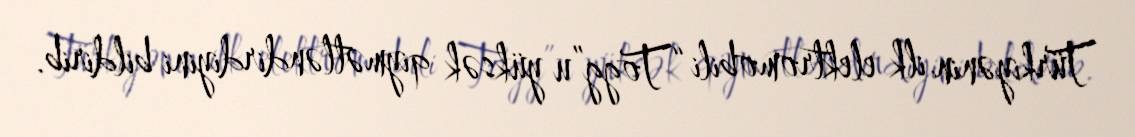
Türkiyənin ilk elektromobili “Togg”u yüksək qiymətləndirdiyini bildirib.